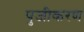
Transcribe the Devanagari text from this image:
पुजीकरण